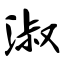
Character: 淑